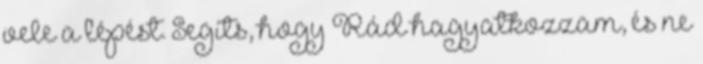
vele a lépést. Segíts, hogy Rád hagyatkozzam, és ne